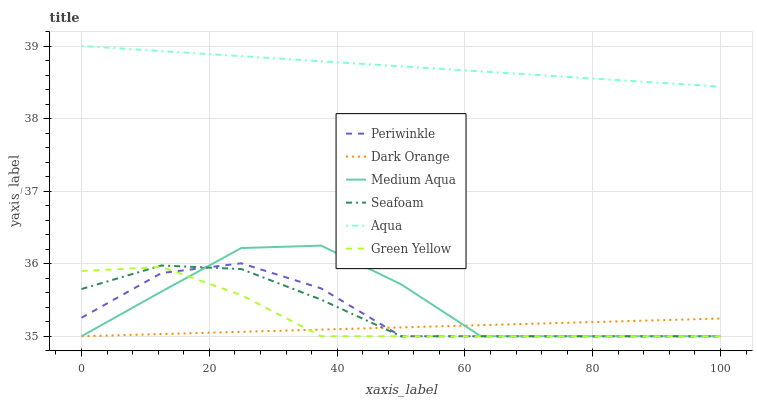
| xaxis_label | Periwinkle | Dark Orange | Medium Aqua | Seafoam | Aqua | Green Yellow |
 | --- | --- | --- | --- | --- | --- | --- |
 | 0 | 35.3 | 35 | 35 | 35.7 | 39 | 35.9 |
 | 12.5 | 35.9 | 35 | 35.6 | 36 | 38.9 | 36 |
 | 25 | 36 | 35.1 | 36.2 | 35.9 | 38.9 | 35.6 |
 | 37.5 | 35.7 | 35.1 | 36.2 | 35.5 | 38.8 | 35 |
 | 50 | 35 | 35.1 | 35.7 | 35 | 38.7 | 35 |
 | 62.5 | 35 | 35.2 | 35 | 35 | 38.7 | 35 |
 | 75 | 35 | 35.2 | 35 | 35 | 38.6 | 35 |
 | 87.5 | 35 | 35.2 | 35 | 35 | 38.5 | 35 |
 | 100 | 35 | 35.2 | 35 | 35 | 38.4 | 35 |